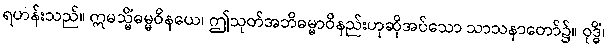
ရဟန်းသည်။ ဣမသ္မိံဓမ္မဝိနယေ၊ ဤသုတ်အဘိဓမ္မာဝိနည်းဟုဆိုအပ်သော သာသနာတော်၌။ ဝုဒ္ဓိံ၊